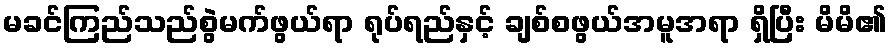
မခင်ကြည်သည်စွဲမက်ဖွယ်ရာ ရုပ်ရည်နှင့် ချစ်စဖွယ်အမူအရာ ရှိပြီး မိမိ၏